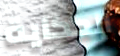
الحكاية